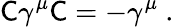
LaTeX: {\mathsf{C}}\gamma^{\mu}{\mathsf{C}}=-\gamma^{\mu}~.